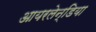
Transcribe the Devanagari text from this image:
आयरलेन्डिया